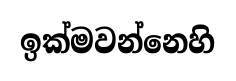
ඉක්මවන්නෙහි